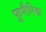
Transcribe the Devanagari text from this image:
फूमैरिक